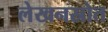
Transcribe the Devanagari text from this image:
लेखनस्रोत